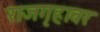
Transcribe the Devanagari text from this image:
राजगृहावर